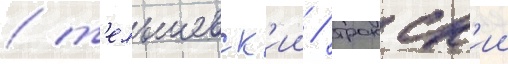
/ т'ельшевск'ии / трокск'ии